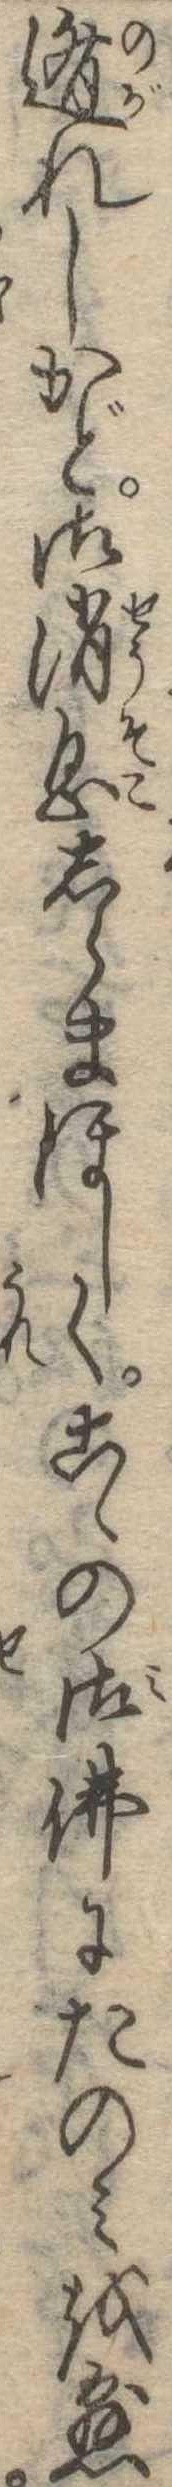
遁れしかど御消息しらまほしくこゝの御仏にたのみを懸